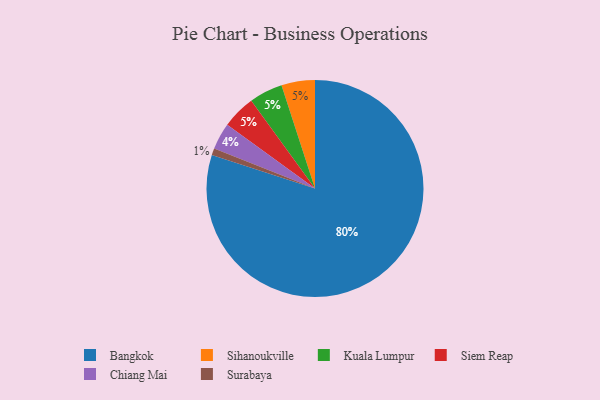
{"axis": {"x": "Category", "y": "Percentage"}, "legend": ["Bangkok", "Chiang Mai", "Kuala Lumpur", "Siem Reap", "Sihanoukville", "Surabaya"], "data": [{"x": "Surabaya", "y": 1, "type": "Surabaya"}, {"x": "Sihanoukville", "y": 5, "type": "Sihanoukville"}, {"x": "Bangkok", "y": 80, "type": "Bangkok"}, {"x": "Kuala Lumpur", "y": 5, "type": "Kuala Lumpur"}, {"x": "Siem Reap", "y": 5, "type": "Siem Reap"}, {"x": "Chiang Mai", "y": 4, "type": "Chiang Mai"}]}